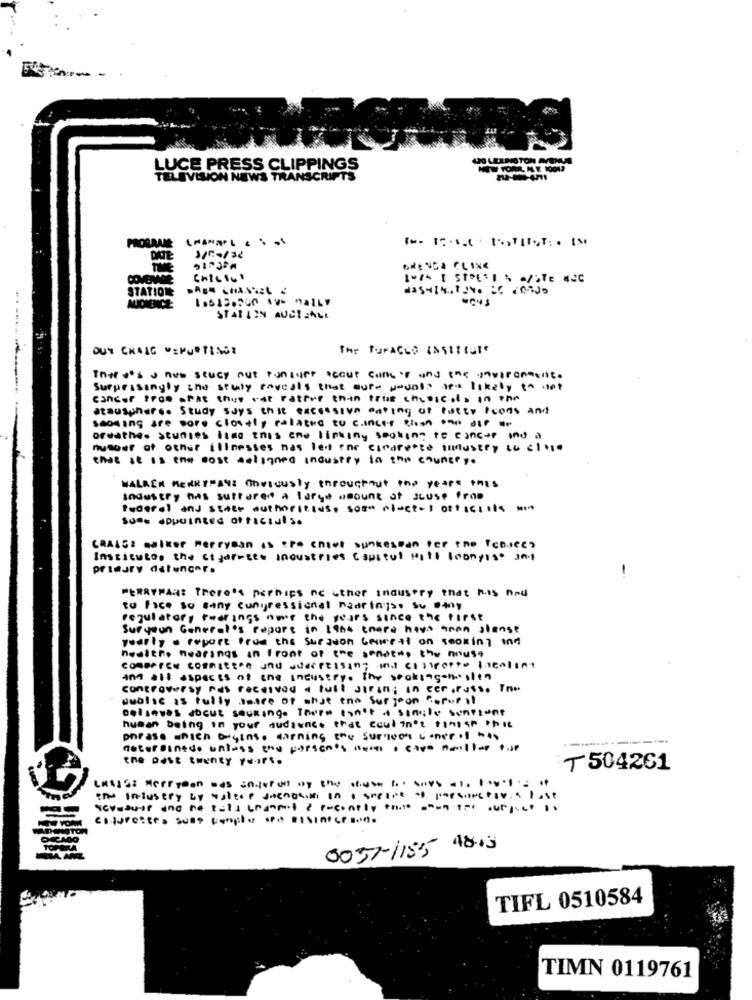
LUCE PRESS CLIPPINGS
TELEVISION NEWS TRANSCRIPTS
PROGRAME
DATE
COVERAGE
CHILIUT
STATION
AUDIENCE
STARLIN AUCT .ALE
OUT CRAIG REPORTINGS
The furacco institute
Theeu's & nes seucy out runsure scout consof and the invicontent.
Surprisingly sno seuly reveals that aure wodals are likely to cat
cancer Pros apas they eat rather than true chioscols in the
atmosphere. Study SJys thit excessive eating of fatty Icons and
seoning are more closely related to cancer cion onodir
oreathe. studies like this one linking segling to cancer and a
number of other illnesses nas led for cirdrepte industry tu c ...
that it is the cost delignes industry in the country.
WALKEN HENRYPAYS Obviously enrouatout ino years inis
industry has suttaren a large amount of ILuse from
federal and state authorities. sos- lect=t ottıcıils mm
Institutos the ctgarages industries capital Hill loonyist ant
primary datuncer.
PERRYPAR: There's perhaps no other industry that has nou
to Face so many Congressional nadrings. Su #40y
regulatory fwdrings our the years since the first
Suryour General's report in 1900 there have anon stense
yearly a report from the surgeon comment on seaking and
health. hearings in Front of the sendtin the house
commerce consteen und adecreasing ino claspetto latalent
Ans all aspects of the industry. The seakingen sten
controversy was received a fuit sirin; in cer, russo The
public is fully aware of what eno surgeon caporal
Delsavas docut seuking. There isn't a simile sunstone
human being in your audience that Coul in't finish Phil
phrase which begins. warning the surgeon acher of tas
aetorbinedo unless the person's carta care naollas fiat
the past twenty Teurs.
₸ 504261
esturestes Suat comple ora DISINICE ·Me
0057-1185 4845
TIFL 0510584
TIMN 0119761